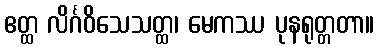
ဧတ္ထ လိင်္ဂဝိသေသတ္ထ၊ မေကဿ ပုနရုတ္တတာ။